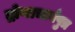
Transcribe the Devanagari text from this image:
द्रोणाचार्यपुत्र